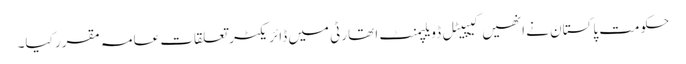
حکومت پاکستان نے انھیں کیپیٹل ڈویلپمنٹ ا تھارٹی میں ڈائریکٹر تعلقات عامہ مقرر کیا۔